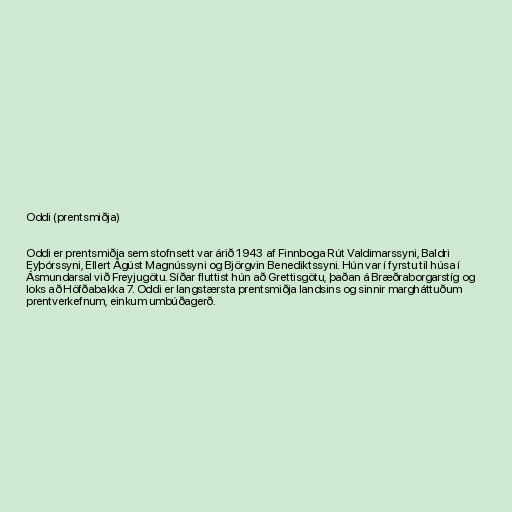
Oddi (prentsmiðja)

Oddi er prentsmiðja sem stofnsett var árið 1943 af Finnboga Rút Valdimarssyni, Baldri
Eyþórssyni, Ellert Ágúst Magnússyni og Björgvin Benediktssyni. Hún var í fyrstu til húsa í
Ásmundarsal við Freyjugötu. Síðar fluttist hún að Grettisgötu, þaðan á Bræðraborgarstíg og
loks að Höfðabakka 7. Oddi er langstærsta prentsmiðja landsins og sinnir margháttuðum
prentverkefnum, einkum umbúðagerð.